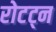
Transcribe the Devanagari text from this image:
रोटट्न